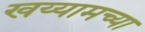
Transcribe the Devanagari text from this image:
खय्यामच्या